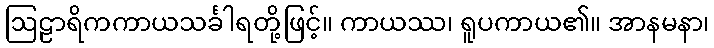
ဩဠာရိကကာယသင်္ခါရတို့ဖြင့်။ ကာယဿ၊ ရူပကာယ၏။ အာနမနာ၊